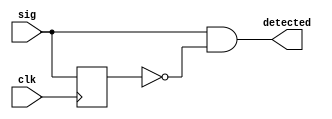
module r_edge_detector(
		     input clk,
		     input sig,
		     output detected
		     );

   reg 			    sig_p;
   always@(posedge clk)sig_p<=sig;
   assign detected=sig&~sig_p;
   
   
	       endmodule // r_edge_detector